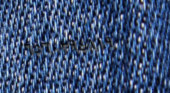
٦٥٦٠٢٩٤٨١٩